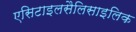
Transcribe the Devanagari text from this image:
एसिटाइलसैलिसाइलिक